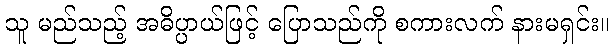
သူ မည်သည့် အဓိပ္ပာယ်ဖြင့် ပြောသည်ကို စကားလက် နားမရှင်း။